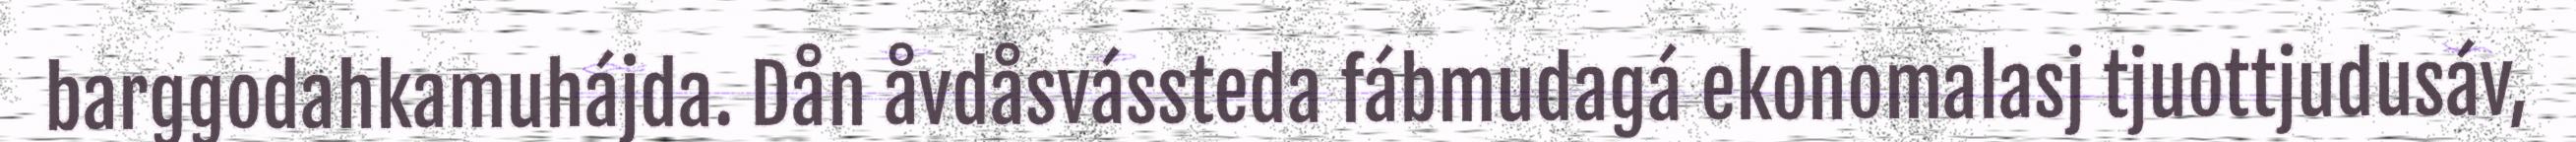
barggodahkamuhájda. Dån åvdåsvássteda fábmudagá ekonomalasj tjuottjudusáv,